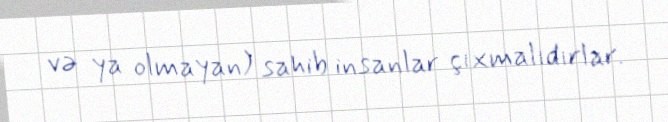
və ya olmayan) sahib insanlar çıxmalıdırlar.